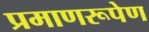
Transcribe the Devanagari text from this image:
प्रमाणरूपेण